Indian journal of veterinary science and animal husbandry - Volumes 22-23, 1952-1953
Year: 1952
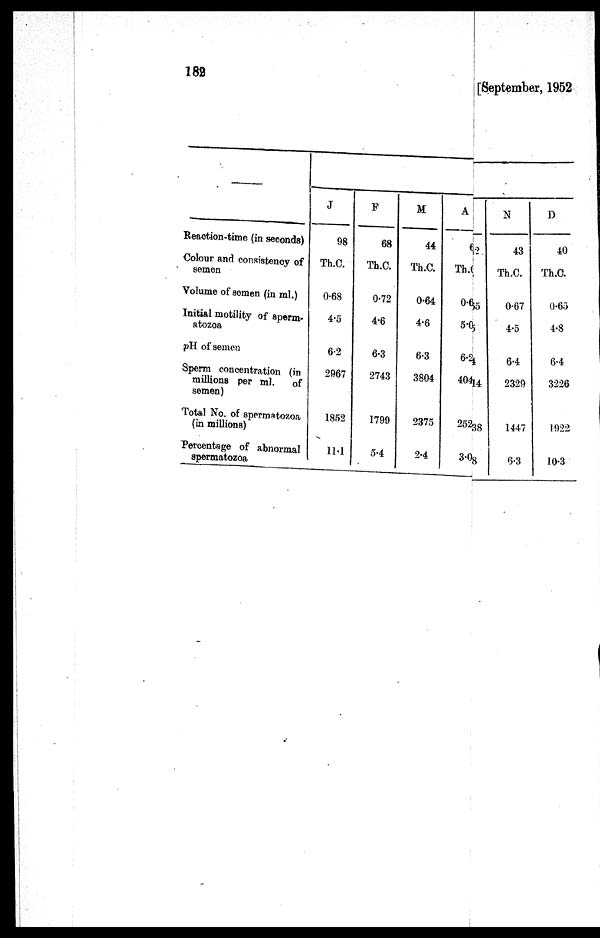
182
[September, 1952
Reaction-time (in seconds)
Colour and consistency of
semen
Volume of semen (in ml.)
Initial motility of sperm-
atozoa
pH of semen
Sperm concentration (in
millions per ml. of
semen)
Total No. of spermatozoa
(in millions)
Percentage of abnormal
spermatozoa
J
98
Th.C.
0.68
4.5
6.2
2967
1852
11.1
F
68
Th.C.
0.72
4.6
6.3
2743
1799
5.4
M
44
Th.C.
0.64
4.6
6.3
3804
2375
2.4
A
62
Th.C.
0.655
5.0
6.2
40414
25238
3.08
N
43 1
Th.C.
0.67
4.5
6.4
2329
1447
6.3
D
40
Th.C.
0.65
4.8
6.4
3226
1922
10.3